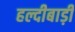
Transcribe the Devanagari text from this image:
हल्दीबाड़ी